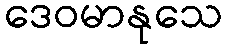
ဒေဝမာနုသေ